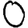
Digit: 0